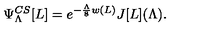
\Psi _ { \Lambda } ^ { C S } [ L ] = e ^ { - { \frac { \Lambda } { 8 } } w ( L ) } J [ L ] ( \Lambda ) .